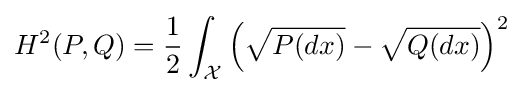
H^{2}(P,Q)={\frac {1}{2}}\int _{\mathcal {X}}\left({\sqrt {P(dx)}}-{\sqrt {Q(dx)}}\right)^{2}